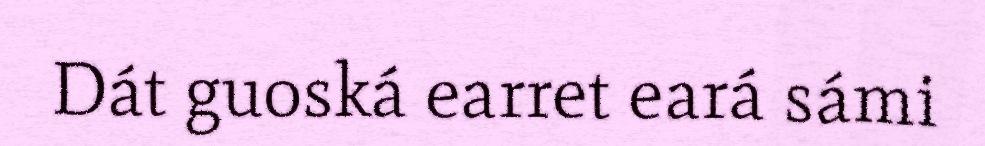
Dát guoská earret eará sámi